Annual vaccination report of Bihar and Orissa - 1911-1928
Year: 1911
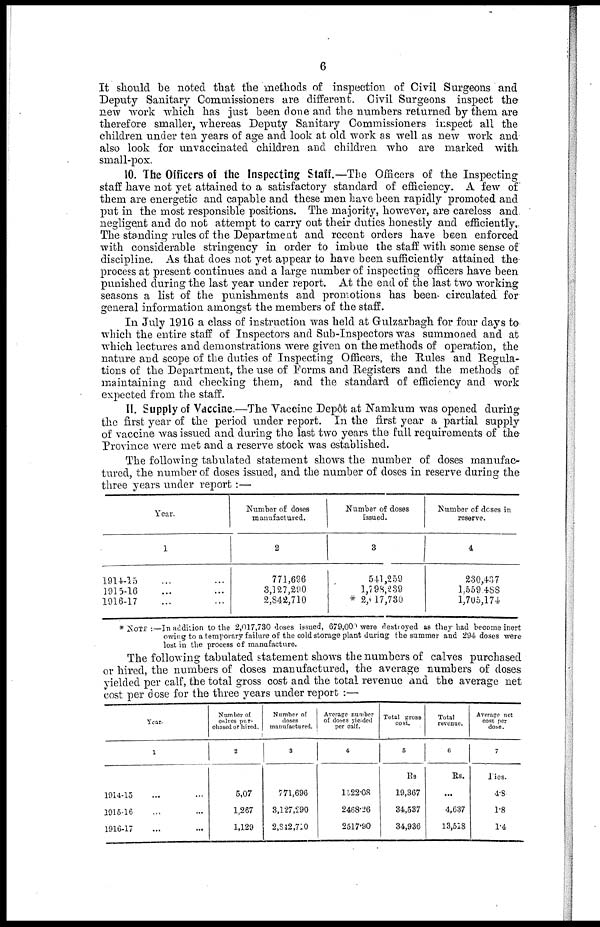
6
It should be noted that the methods of inspection of Civil Surgeons and
Deputy Sanitary Commissioners are different. Civil Surgeons inspect the
new work which has just been done and the numbers returned by them are
therefore smaller, whereas Deputy Sanitary Commissioners inspect all the
children under ten years of age and look at old work as well as new work and
also look for unvaccinated children and children who are marked with
small-pox.
10. The Officers of the Inspecting Staff.—The Officers of the Inspecting
staff have not yet attained to a satisfactory standard of efficiency. A few of
them are energetic and capable and these men have been rapidly promoted and
put in the most responsible positions. The majority, however, are careless and
negligent and do not attempt to carry out their duties honestly and efficiently.
The standing rules of the Department and recent orders have been enforced
with considerable stringency in order to imbue the staff with some sense of
discipline. As that does not yet appear to have been sufficiently attained the
process at present continues and a large number of inspecting officers have been
punished during the last year under report. At the end of the last two working
seasons a list of the punishments and promotions has been circulated for
general information amongst the members of the staff.
In July 1916 a class of instruction was held at Gulzarbagh for four days to
which the entire staff of Inspectors and Sub-Inspectors was summoned and at
which lectures and demonstrations were given on the methods of operation, the
nature and scope of the duties of Inspecting Officers, the Rules and Regula-
tions of the Department, the use of Forms and Registers and the methods of
maintaining and checking them, and the standard of efficiency and work
expected from the staff.
11. Supply of Vaccine.—The Vaccine Depôt at Namkum was opened during
the first year of the period under report. In the first year a partial supply
of vaccine was issued and during the last two years the full requirements of the
Province were met and a reserve stock was established.
The following tabulated statement shows the number of doses manufac-
tured, the number of doses issued, and the number of doses in reserve during the
three years under report :—
Year.
1
1914-15
1915-16
1916-17
Number of doses
manufactured.
2
771,696
3,127,290
2,842,710
Number of doses
issued.
3
541,259
1,798,239
* 2,617,730
Number of doses in
reserve.
4
230,437
1,559,488
1,705,174
* NOTE :—In addition to the 2,017,730 doses issued, 679,000 were destroyed as they had become inert
owing to a temporary failure of the cold storage plant during the summer and 294 doses were
lost in the process of manufacture.
The following tabulated statement shows the numbers of calves purchased
or hired, the numbers of doses manufactured, the average numbers of doses
yielded per calf, the total gross cost and the total revenue and the average net
cost per dose for the three years under report :—
Year.
1
1914-15 ... ...
1915-16 ... ...
1916-17 ... ...
Number of
calves pur-
chased or hired.
2
5,07
1,267
1,129
Number of
doses
manufactured.
3
771,696
3,127,290
2,842,710
Average number
of doses yielded
per calf.
4
1522.08
2468.26
2517.90
Total gross
cost.
5
Rs.
19,367
34,537
34,936
Total
revenue.
6
Rs.
...
4,637
13,518
Average net
cost per
dose.
7
Pies.
4.8
1.8
1.4